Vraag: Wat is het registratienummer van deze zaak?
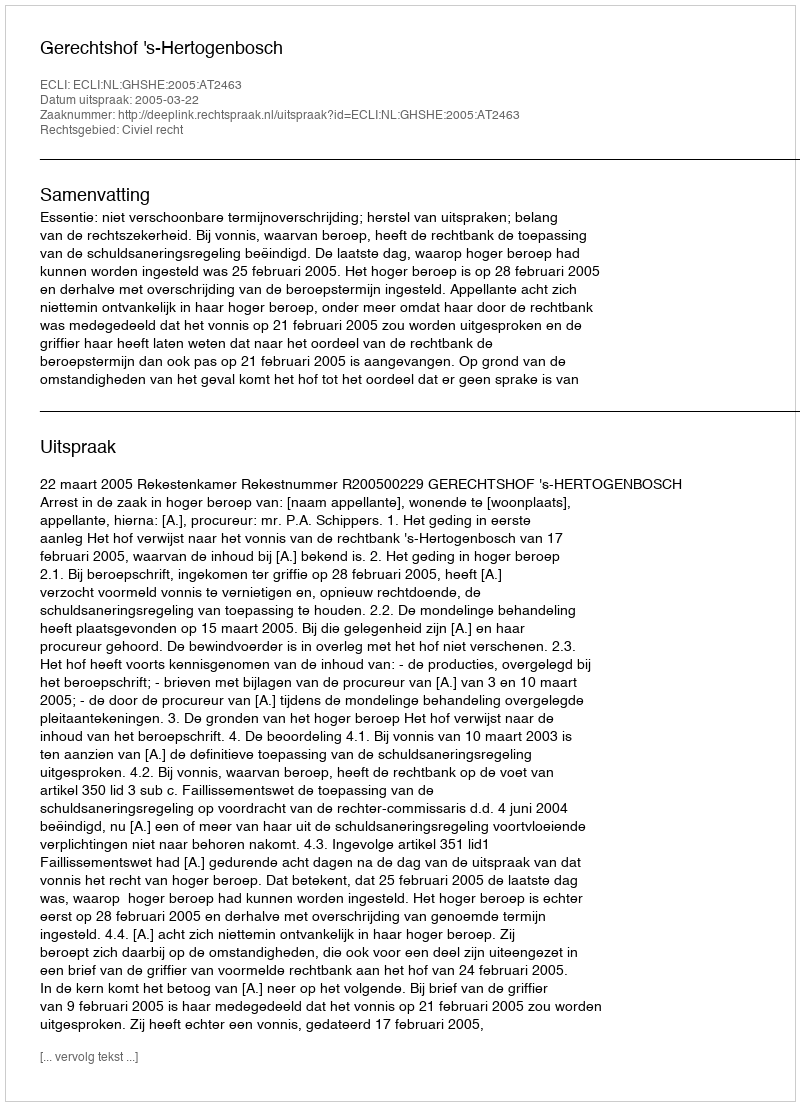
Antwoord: http://deeplink.rechtspraak.nl/uitspraak?id=ECLI:NL:GHSHE:2005:AT2463